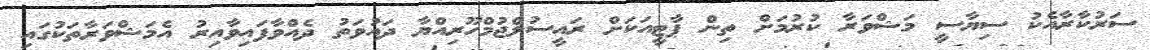
ސަރުކާރާއެކު ސިޔާސީ މަޝްވަރާ ކުރުމަށް ތިން ޕާޓީއަކަށް ރައީސުލްޖުމްހޫރިއްޔާ ދައުވަތު ދެއްވާފައިވާއިރު އެމަޝްވަރާތަކުގައި